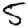
Digit: 5